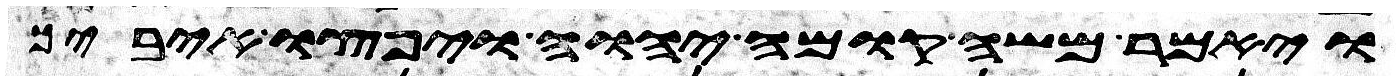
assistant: ויאמר משה קומה יהוה ויפוצו איביך